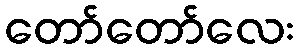
တော်တော်လေး